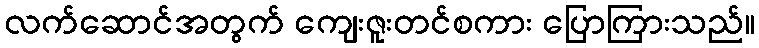
လက်ဆောင်အတွက် ကျေးဇူးတင်စကား ပြောကြားသည်။